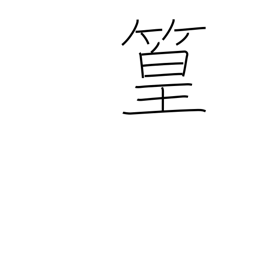
Meaning: bamboo grove